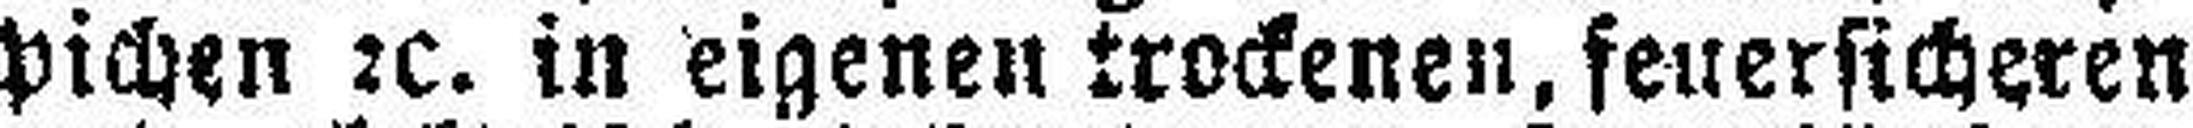
pichen 2c. in eigenen trockenen, feuersicheren